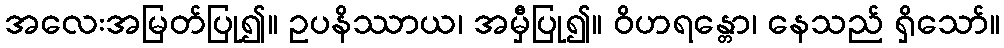
အလေးအမြတ်ပြု၍။ ဥပနိဿာယ၊ အမှီပြု၍။ ဝိဟရန္တော၊ နေသည် ရှိသော်။